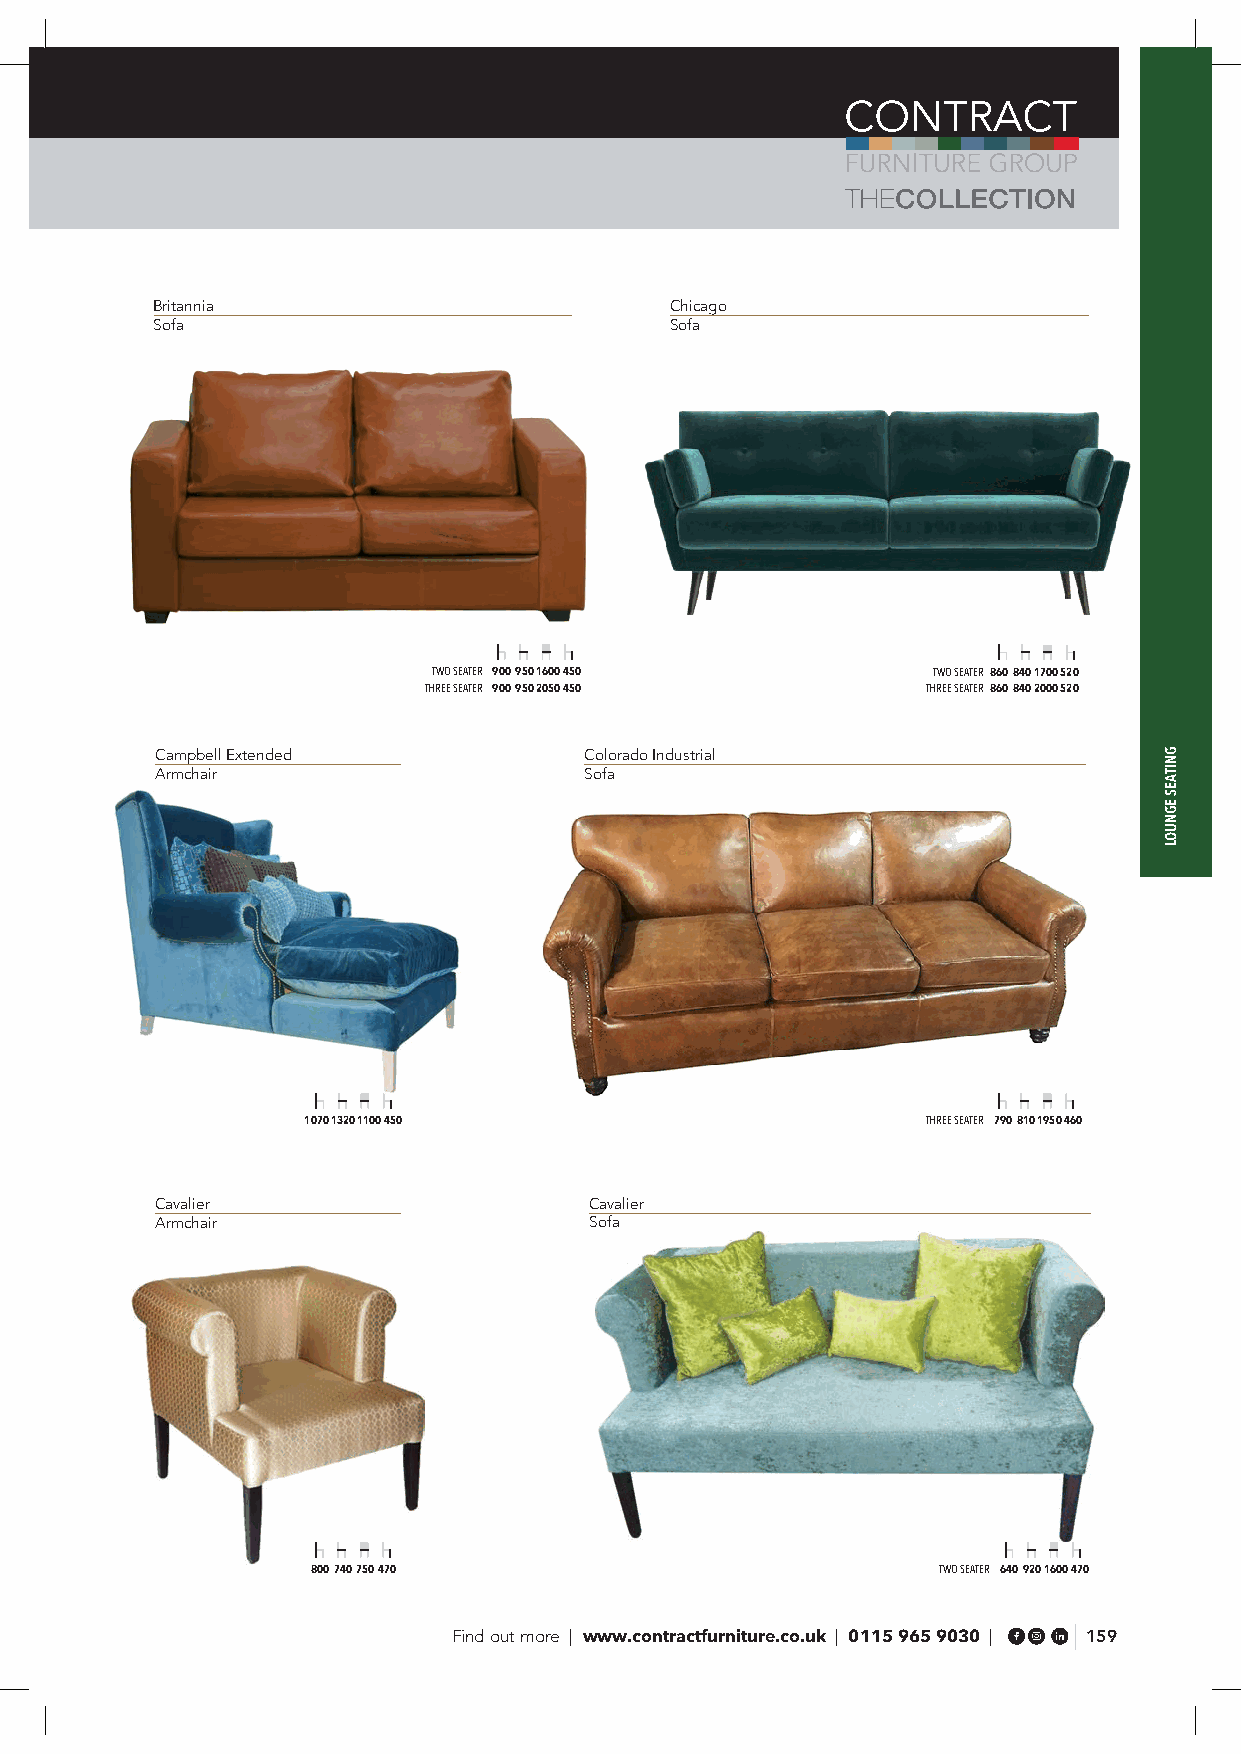
Britannia                         Chicago
 Sofa                              Sofa
 TWO SEATER 900 950 1600 450      TWO SEATER 860 840 1700 520
 THREE SEATER 900 950 2050 450    THREE SEATER 860 840 2000 520
 Campbell Extended            Colorado Industrial
 Armchair                     Sofa
 1070 1320 1100 450                       THREE SEATER 790 810 1950 460
 Cavalier                     Cavalier
 Armchair                     Sofa
 800 740 750 470                          TWO SEATER 640 920 1600 470
 Find out more | www.contractfurniture.co.uk | 0115 965 9030 | 159
 GNITAES
 EGNUOL